Jaan_Tonisson_(Lasteleht), lk 165
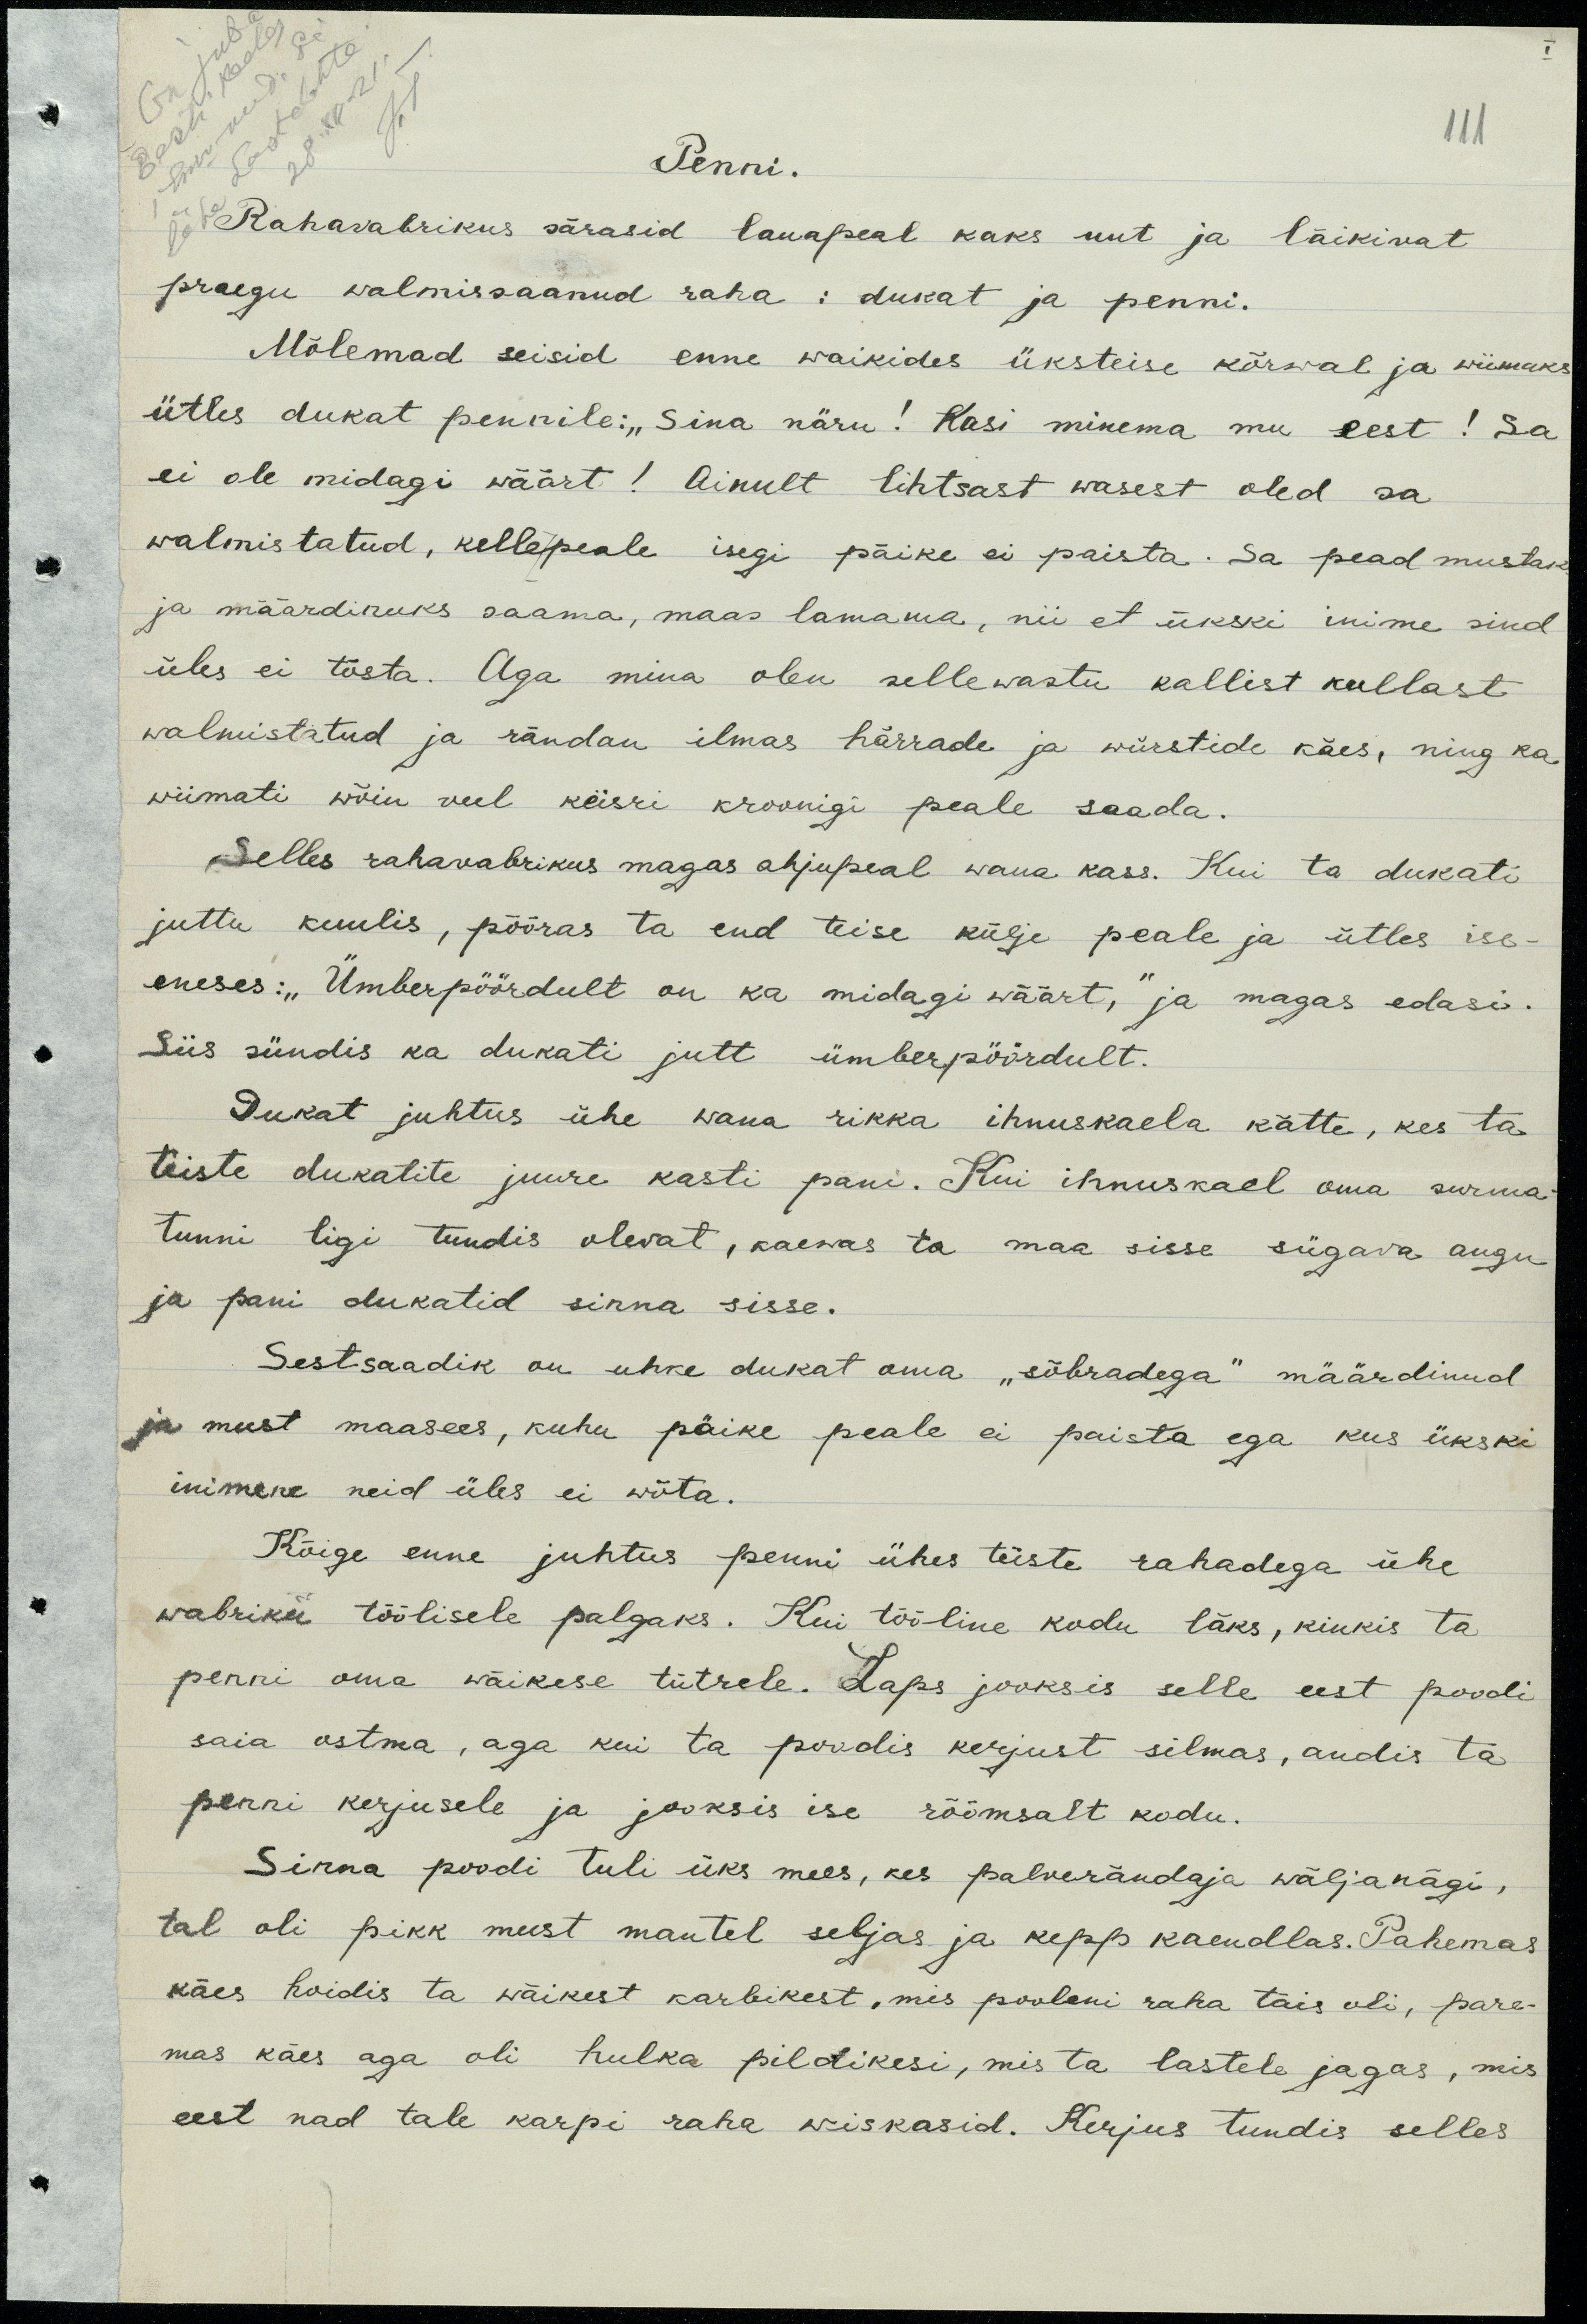
111
Penni.
Rahavabrikus särasid lauapeal kaks uut ja läikivat
praegu walmissaanud raha: dukat ja penni.
Mõlemad seisid enne waikides üksteise kõrwal ja wiimaks
ütles dukat pennile: "Sina näru! Kasi minema mu eest! Sa
ei ole midagi wäärt! Ainult lihtsast wasest oled sa
walmistatud, kellepeale isegi päike ei paista. Sa pead mustaks
ja määrdinuks saama, maas lamama, nii et ükski inimene sind
üles ei tõsta. Aga mina olen sellewastu kallist kullast
walmistatud ja rändan ilmas härrade ja würstide käes, nin ka
wiimati wõin keisri kroonigi peale saada.
Selles rahawabrikus magas ahjupeal wana kass. Kui ta dukati
juttu kuulis, pööras ta end teise külje peale ja ütles ise-
eneses: "Ümberpöördult on ka midagi wäärt," ja magas edasi.
Siis sündis ka dukati jutt ümberpöördult.
Dukat juhtus ühe wana rikka ihnuskaela kätte, kes ta
teiste dukatite juurde kasti pani. Kui ihnuskael oma surma-
tunni ligi tundis olevat, kaewas ta maa sisse sügawa augu
ja pani dukatid sinna sisse.
Sestsaadik on uhke dukat oma "sõbradega" määrdinud
ja must maasees, kuhu päike peale ei paista ega kus ükski
inimene neid üles ei wõta.
Kõige enne juhtus penni ühes teiste rahadega ühe
wabriku töölise palgaks. Kui tööline kodu läks, kinkis ta
penni oma wäikese tütrele. Laps jooksis selle eest poodi
saia ostma, aga kui ta poodis kerjust silmas, andis ta
penni kerjusele ja jooksis ise rõõmsalt kodu.
Sinna poodi tuli üks mees, kes palverändaja wäljanägi,
tal oli pikk must mantel seljas ja kepp kaendlas. Pahemas
käes hoidis ta wäikest karbikest, mis pooleni raha täis oli, pare-
mas käes aga oli hulka pildikesi, mis ta lastele jagas, mis
eest nad tale karpi raha wiskasid. Kerjus tundis selles